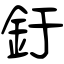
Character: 釪